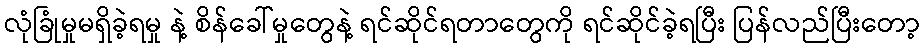
လုံခြုံမှုမရှိခဲ့ရမှု နဲ့ စိန်ခေါ်မှုတွေနဲ့ ရင်ဆိုင်ရတာတွေကို ရင်ဆိုင်ခဲ့ရပြီး ပြန်လည်ပြီးတော့